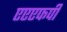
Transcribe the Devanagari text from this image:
एएएफपी